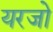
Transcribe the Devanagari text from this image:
यरजो